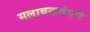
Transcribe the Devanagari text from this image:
सलाबतजंगने